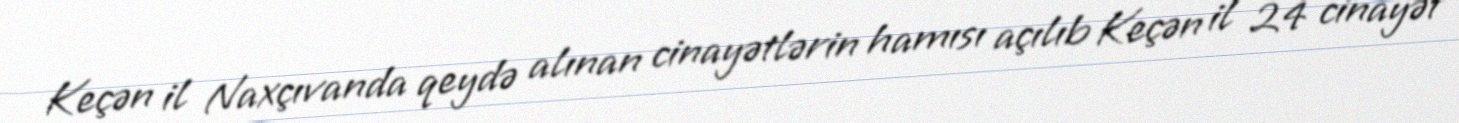
Keçən il Naxçıvanda qeydə alınan cinayətlərin hamısı açılıb Keçən il 24 cinayət